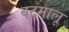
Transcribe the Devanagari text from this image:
बटमालू